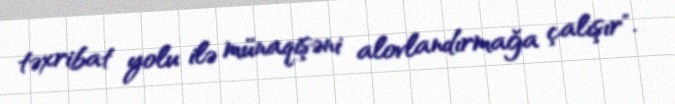
təxribat yolu ilə münaqişəni alovlandırmağa çalışır".